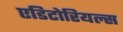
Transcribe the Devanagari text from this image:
एडिटोरियल्स